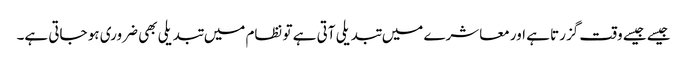
جیسے جیسے وقت گزرتا ہے اور معاشرے میں تبدیلی آتی ہے تو نظام میں تبدیلی بھی ضروری ہو جاتی ہے۔